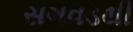
સગવડથી